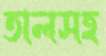
তালসহ